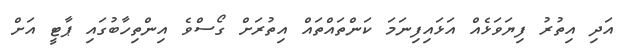
އަދި އިތުރު ފިޔަވަޅެއް އަޅައިފިނަމަ ކަންތައްތައް އިތުރަށް ގޯސްވެ އިންތިހާބުގައި ޕާޓީ އަށް